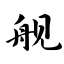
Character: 舰